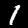
Digit: 1